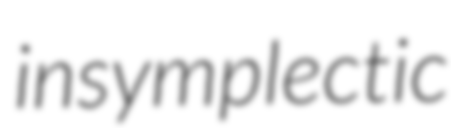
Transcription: in symplectic